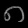
Digit: ၈